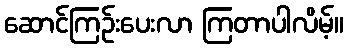
ဆောင်ကြဉ်းပေးလာ ကြတာပါလိမ့်။